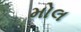
મોલ